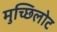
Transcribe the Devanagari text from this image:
मुच्छिलोट